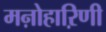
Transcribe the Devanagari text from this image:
मऩोहाऱिणी